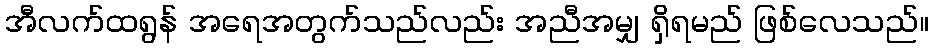
အီလက်ထရွန် အရေအတွက်သည်လည်း အညီအမျှ ရှိရမည် ဖြစ်လေသည်။